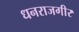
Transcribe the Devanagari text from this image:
धनराजगीर